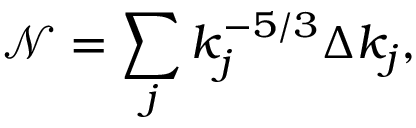
\begin{array} { r } { \mathcal { N } = \displaystyle \sum _ { j } k _ { j } ^ { - 5 / 3 } \Delta k _ { j } , } \end{array}